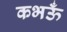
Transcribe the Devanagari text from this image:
कभऊँ